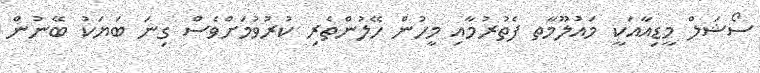
ސޯޝަލް މީޑިއާއަކީ މައުލޫމާތ ފެތުރުމާއި މީހުން ހޭލުންތެރި ކުރުވުމަށްވެސް ގިނަ ބަޔަކު ބޭނުން